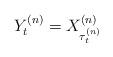
LaTeX: \begin{align*}Y^{(n)}_t = X^{(n)}_{\tau^{(n)}_t}\end{align*}